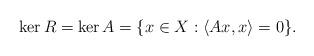
LaTeX: \begin{align*}\ker R = \ker A =\{x\in X\;{:}\;\langle Ax,x\rangle = 0\}.\end{align*}